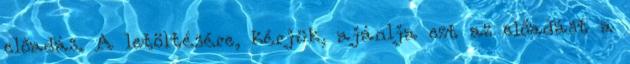
előadás. A letöltésére, kérjük, ajánlja ezt az előadást a